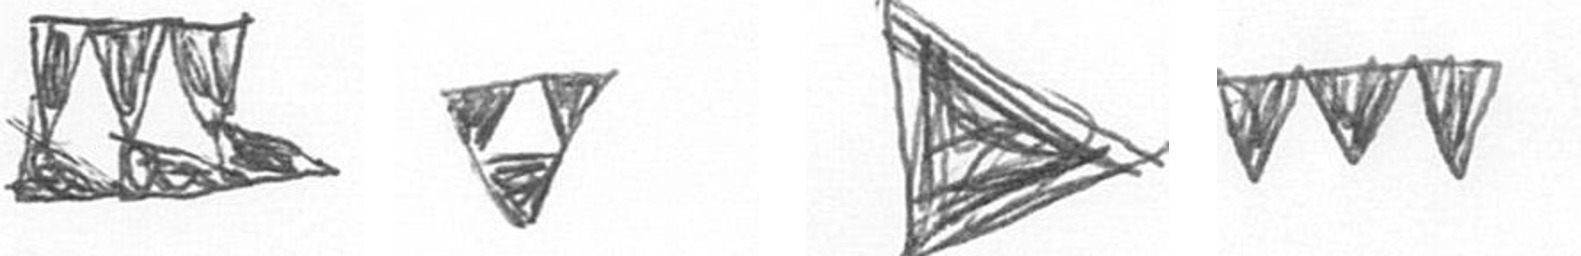
D S T L